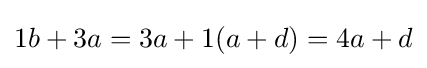
1b+3a=3a+1(a+d)=4a+d